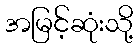
အမြင့်ဆုံးသို့